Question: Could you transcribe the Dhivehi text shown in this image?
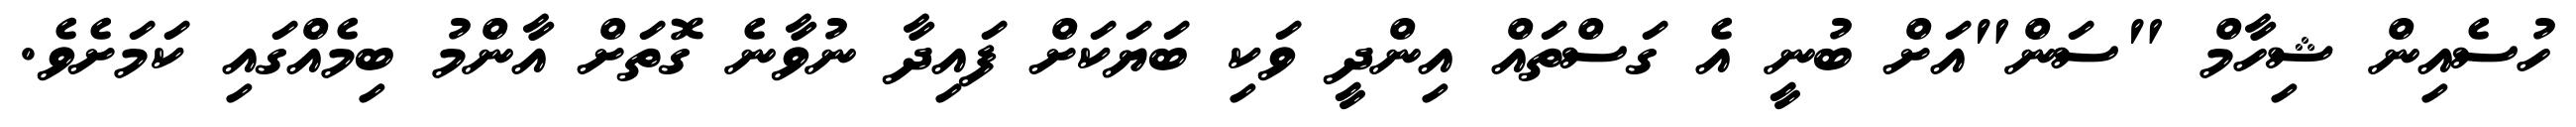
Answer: ހުސެއިން ޝިހާމް "ސަން"އަށް ބުނީ އެ ގަސްތައް އިންދީ ވަކި ބަޔަކަށް ފައިދާ ނުވާނެ ގޮތަށް އާންމު ބިމެއްގައި ކަމަށެވެ.